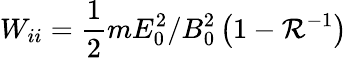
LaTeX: W_{ii}=\frac{1}{2}mE_{0}^{2}/B_{0}^{2}\left(1-\mathcal{R}^{-1}\right)